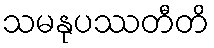
သမနုပဿတီတိ